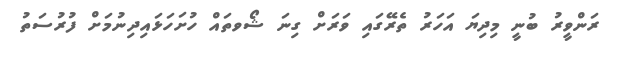
ރަންވީރު ބުނީ މިދިޔަ އަހަރު ތެރޭގައި ވަރަށް ގިނަ ޝޯވތައް ހުށަހަޅައިދިނުމަށް ފުރުސަތު